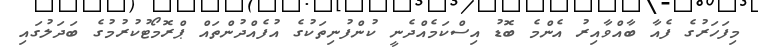
މިފަހަރުގެ ފެއާ ބާއްވާއިރު އެންމެ ބޮޑު އިސްކަމެއްދެނީ ކުންފުނިތަކުގެ އުފެއްދުންތައް ޕްރޮމޯޓުކުރުމުގެ ބަދަލުގައި